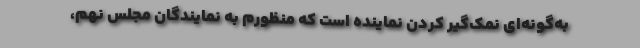
به‌گونه‌ای نمک‌گیر کردن نماینده است که منظورم به نمایندگان مجلس نهم،